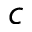
c